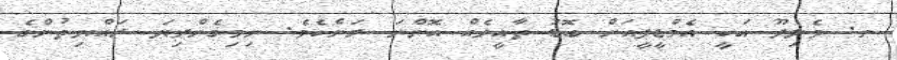
ނ. ވެލިދޫ އަކީ އެމްޑީޕީއަށް ބޮޑު ތާއީދެއް އޮންނަ ރަށެކެވެ. ނިމިގެންދިޔަ ރައްޔިތުންގެ